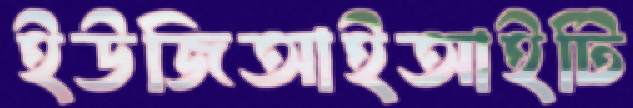
ইউজিআইআইটি